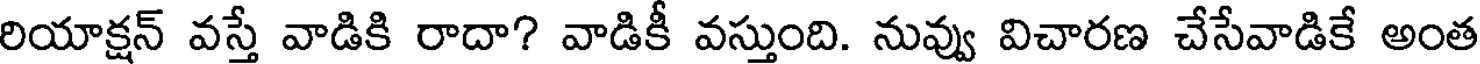
రియాక్షన్ వస్తే వాడికి రాదా? వాడికీ వస్తుంది. నువ్వు విచారణ చేసేవాడికే అంత